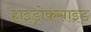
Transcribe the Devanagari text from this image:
हाइड्रोकसाइड